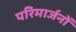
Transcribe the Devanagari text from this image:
परिमार्जनों